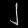
Digit: ၂